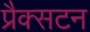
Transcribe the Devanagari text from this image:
प्रैक्सटन